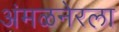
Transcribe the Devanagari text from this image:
अंमळनेरला